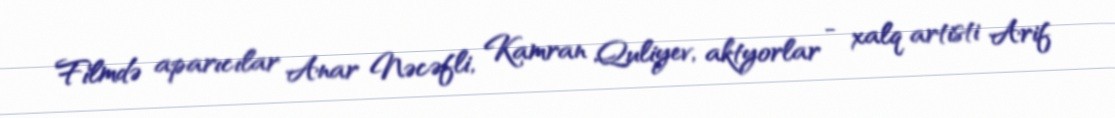
Filmdə aparıcılar Anar Nəcəfli, Kamran Quliyev, aktyorlar - xalq artisti Arif